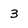
Character: 3